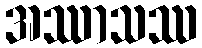
အဿာသဿ